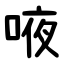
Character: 㖡